Lunatic asylums Bombay report 1878-1890 - 1878-1890
Year: 1878
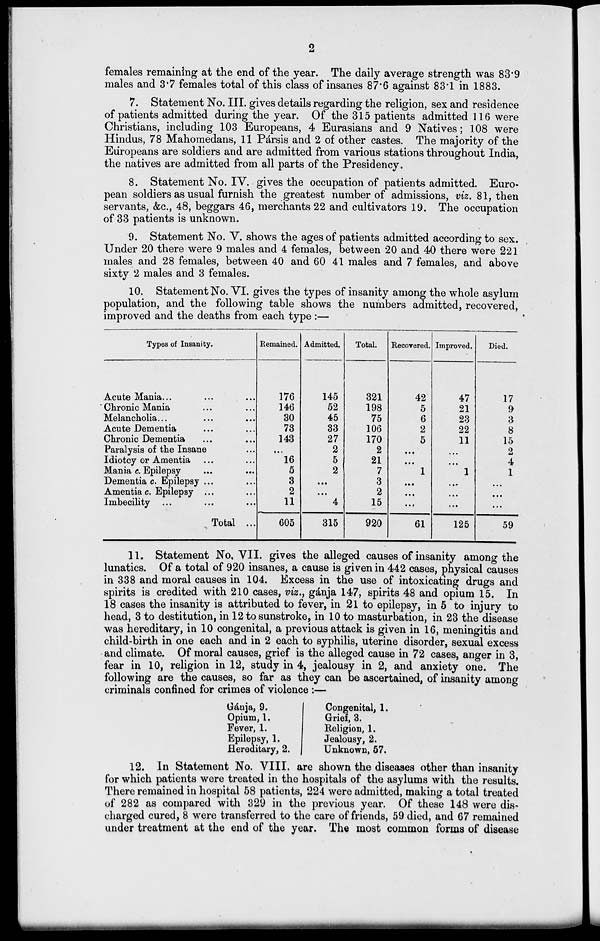
2
females remaining at the end of the year. The daily average strength was 83.9
males and 3.7 females total of this class of insanes 87.6 against 83.1 in 1883.
7. Statement No. III. gives details regarding the religion, sex and residence
of patients admitted during the year. Of the 315 patients admitted 116 were
Christians, including 103 Europeans, 4 Eurasians and 9 Natives; 108 were
Hindus, 78 Mahomedans, 11 Pársis and 2 of other castes. The majority of the
Europeans are soldiers and are admitted from various stations throughout India,
the natives are admitted from all parts of the Presidency.
8. Statement No. IV. gives the occupation of patients admitted. Euro-
pean soldiers as usual furnish the greatest number of admissions, viz. 81, then
servants, &c., 48, beggars 46, merchants 22 and cultivators 19. The occupation
of 33 patients is unknown.
9. Statement No. V. shows the ages of patients admitted according to sex.
Under 20 there were 9 males and 4 females, between 20 and 40 there were 221
males and 28 females, between 40 and 60 41 males and 7 females, and above
sixty 2 males and 3 females.
10. Statement No. VI. gives the types of insanity among the whole asylum
population, and the following table shows the numbers admitted, recovered,
improved and the deaths from each type :—
Types of Insanity.
Acute Mania ... ... ...
Chronic Mania ... ...
Melancholia... ... ...
Acute Dementia ... ...
Chronic Dementia ... ...
Paralysis of the Insane ...
Idiotcy or Amentia ... ...
Mania c. Epilepsy ... ...
Dementia c. Epilepsy ... ...
Amentia c. Epilepsy ... ...
Imbecility ... ... ...
Total ...
Remained.
176
146
30
73
143
...
16
5
3
2
11
605
Admitted.
145
52
45
33
27
2
5
2
...
...
4
315
Total.
321
198
75
106
170
2
21
7
3
2
15
920
Recovered.
42
5
6
2
5
...
...
1
...
...
...
61
Improved.
47
21
23
22
11
...
...
1
...
...
...
125
Died.
17
9
3
8
15
2
4
1
...
...
...
59
11. Statement No. VII. gives the alleged causes of insanity among the
lunatics. Of a total of 920 insanes, a cause is given in 442 cases, physical causes
in 338 and moral causes in 104. Excess in the use of intoxicating drugs and
spirits is credited with 210 cases, viz., gánja 147, spirits 48 and opium 15. In
18 cases the insanity is attributed to fever, in 21 to epilepsy, in 5 to injury to
head, 3 to destitution, in 12 to sunstroke, in 10 to masturbation, in 23 the disease
was hereditary, in 10 congenital, a previous attack is given in 16, meningitis and
child-birth in one each and in 2 each to syphilis, uterine disorder, sexual excess
and climate. Of moral causes, grief is the alleged cause in 72 cases, anger in 3,
fear in 10, religion in 12, study in 4, jealousy in 2, and anxiety one. The
following are the causes, so far as they can be ascertained, of insanity among
criminals confined for crimes of violence :—
Gánja, 9.
Opium, 1.
Fever, 1.
Epilepsy, 1.
Hereditary, 2.
Congenital, 1.
Grief, 3.
Religion, 1.
Jealousy, 2.
Unknown, 57.
12. In Statement No. VIII. are shown the diseases other than insanity
for which patients were treated in the hospitals of the asylums with the results.
There remained in hospital 58 patients, 224 were admitted, making a total treated
of 282 as compared with 329 in the previous year. Of these 148 were dis-
charged cured, 8 were transferred to the care of friends, 59 died, and 67 remained
under treatment at the end of the year. The most common forms of disease